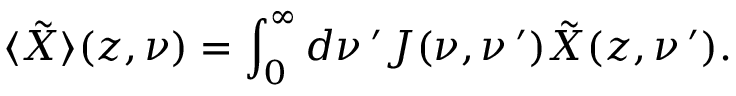
\langle \tilde { X } \rangle ( z , \nu ) = \int _ { 0 } ^ { \infty } d \nu \, ^ { \prime } J ( \nu , \nu \, ^ { \prime } ) \tilde { X } ( z , \nu \, ^ { \prime } ) .